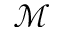
\mathcal { M }